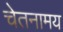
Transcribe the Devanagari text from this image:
चेतनामय